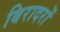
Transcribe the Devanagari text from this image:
बिरादरों